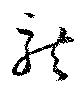
龍